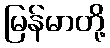
မြန်မာတို့